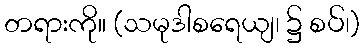
တရားကို။ (သမုဒါစရေယျ၊ ၌ စပ်၊)